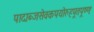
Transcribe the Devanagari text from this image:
पादाब्जसेवकपयोरुहपूतपूष्णः